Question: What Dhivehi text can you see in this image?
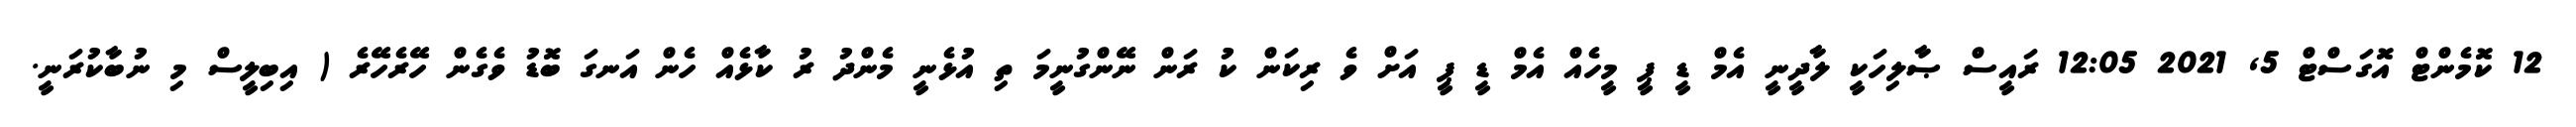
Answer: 12 ކޮމެންޓް އޮގަސްޓް 5, 2021 12:05 ރައީސް ޞާލިހަކީ ލާދީނީ އެމް ޑީ ޕީ މީހެއް އެމް ޑީ ޕީ އަށް ވެ ރިކަން ކު ރަން ނޭންގުނީމަ ތި އުޅެނީ މެންދު ރު ކާޅެއް ހެން އަނގަ ބޮޑު ވެގެން ހޭރެހޭރެ ( އިބިލީސް މި ނުބާކުރަނީ.